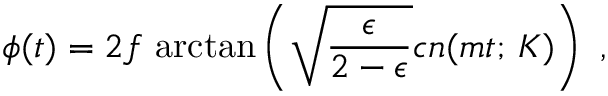
\phi ( t ) = 2 f \, \arctan \left( \sqrt { \frac { \epsilon } { 2 - \epsilon } } c n ( m t ; \, { \cal K } ) \right) \ ,